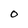
Character: O